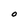
Character: O